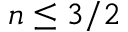
n \leq 3 / 2